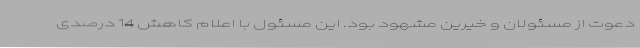
دعوت از مسئولان و خیرین مشهود بود. این مسئول با اعلام کاهش 14 درصدی